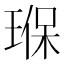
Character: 𤦸